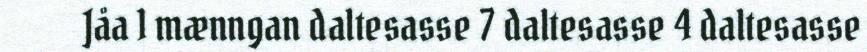
Jåa 1 mænngan daltesasse 7 daltesasse 4 daltesasse